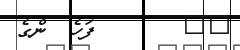
٣٥       ފަހެ  ންގެ